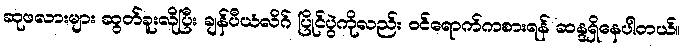
ဆုဖလားများ ဆွတ်ခူးလိုပြီး ချန်ပီယံလိဂ် ပြိုင်ပွဲကိုလည်း ဝင်ရောက်ကစားရန် ဆန္ဒရှိနေပါတယ်။